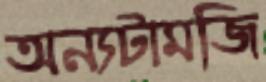
অন্যটামজি